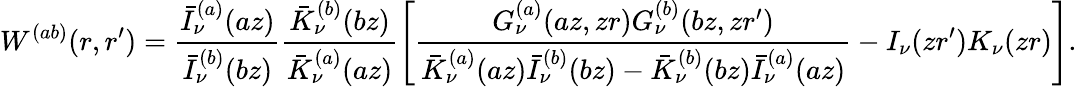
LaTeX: W^{(ab)}(r,r^{\prime})=\frac{\bar{I}_{\nu}^{(a)}(az)}{\bar{I}_{\nu}^{(b)}(bz)}\frac{\bar{K}_{\nu}^{(b)}(bz)}{\bar{K}_{\nu}^{(a)}(az)}\left[\frac{G_{\nu}^{(a)}(az,zr)G_{\nu}^{(b)}(bz,zr^{\prime})}{\bar{K}_{\nu}^{(a)}(az)\bar{I}_{\nu}^{(b)}(bz)-\bar{K}_{\nu}^{(b)}(bz)\bar{I}_{\nu}^{(a)}(az)}-I_{\nu}(zr^{\prime})K_{\nu}(zr)\right].